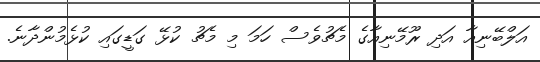
އަލްބޭނިއާ އަދި ރޫމޭނިއާގެ މެޗުވެސް ހަމަ މި މެޗު ކުޅޭ ގަޑީގައި ކުޅެމުންދާނެ.